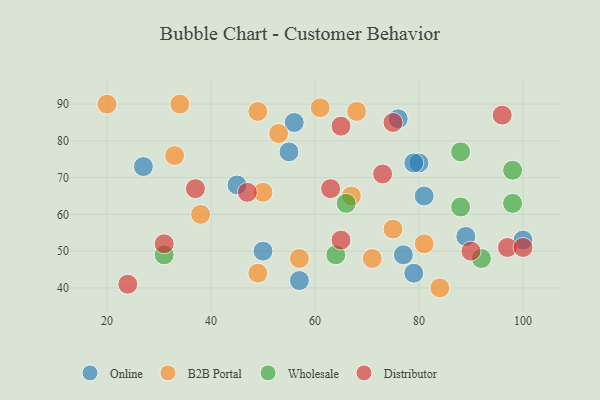
{"axis": {"x": "GDP", "y": "Life Expectancy"}, "legend": ["B2B Portal", "Distributor", "Online", "Wholesale"], "data": [{"x": "57", "y": 42, "type": "Online"}, {"x": "80", "y": 74, "type": "Online"}, {"x": "27", "y": 73, "type": "Online"}, {"x": "89", "y": 54, "type": "Online"}, {"x": "81", "y": 65, "type": "Online"}, {"x": "77", "y": 49, "type": "Online"}, {"x": "50", "y": 50, "type": "Online"}, {"x": "55", "y": 77, "type": "Online"}, {"x": "79", "y": 74, "type": "Online"}, {"x": "100", "y": 53, "type": "Online"}, {"x": "56", "y": 85, "type": "Online"}, {"x": "79", "y": 44, "type": "Online"}, {"x": "76", "y": 86, "type": "Online"}, {"x": "45", "y": 68, "type": "Online"}, {"x": "61", "y": 89, "type": "B2B Portal"}, {"x": "49", "y": 44, "type": "B2B Portal"}, {"x": "34", "y": 90, "type": "B2B Portal"}, {"x": "81", "y": 52, "type": "B2B Portal"}, {"x": "38", "y": 60, "type": "B2B Portal"}, {"x": "71", "y": 48, "type": "B2B Portal"}, {"x": "20", "y": 90, "type": "B2B Portal"}, {"x": "53", "y": 82, "type": "B2B Portal"}, {"x": "33", "y": 76, "type": "B2B Portal"}, {"x": "57", "y": 48, "type": "B2B Portal"}, {"x": "84", "y": 40, "type": "B2B Portal"}, {"x": "49", "y": 88, "type": "B2B Portal"}, {"x": "75", "y": 56, "type": "B2B Portal"}, {"x": "67", "y": 65, "type": "B2B Portal"}, {"x": "50", "y": 66, "type": "B2B Portal"}, {"x": "68", "y": 88, "type": "B2B Portal"}, {"x": "98", "y": 63, "type": "Wholesale"}, {"x": "31", "y": 49, "type": "Wholesale"}, {"x": "92", "y": 48, "type": "Wholesale"}, {"x": "66", "y": 63, "type": "Wholesale"}, {"x": "88", "y": 77, "type": "Wholesale"}, {"x": "64", "y": 49, "type": "Wholesale"}, {"x": "88", "y": 62, "type": "Wholesale"}, {"x": "98", "y": 72, "type": "Wholesale"}, {"x": "97", "y": 51, "type": "Distributor"}, {"x": "63", "y": 67, "type": "Distributor"}, {"x": "90", "y": 50, "type": "Distributor"}, {"x": "24", "y": 41, "type": "Distributor"}, {"x": "100", "y": 51, "type": "Distributor"}, {"x": "96", "y": 87, "type": "Distributor"}, {"x": "65", "y": 84, "type": "Distributor"}, {"x": "31", "y": 52, "type": "Distributor"}, {"x": "37", "y": 67, "type": "Distributor"}, {"x": "65", "y": 53, "type": "Distributor"}, {"x": "47", "y": 66, "type": "Distributor"}, {"x": "75", "y": 85, "type": "Distributor"}, {"x": "73", "y": 71, "type": "Distributor"}]}